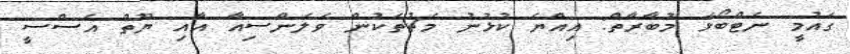
ގައުމީ ނެޓްބޯޅަ މުބާރާތް: އިއްޔެ ކުޅުނު މެޗުތަކުން ވެލެންސިއާ އާއި ޔޫތް އެސްސީ